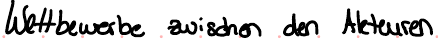
Wettbewerbe zwischen den Akteuren